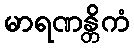
မာရဏန္တိကံ